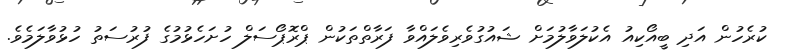
ކުރެހުން އަދި ބީއޯކިއު އެކުލަވާލުމަށް ޝައުގުވެރިވެލައްވާ ފަރާތްތަކުން ޕްރޮޕޯސަލް ހުށަހެޅުމުގެ ފުރުސަތު ހުޅުވާލަމެވެ.